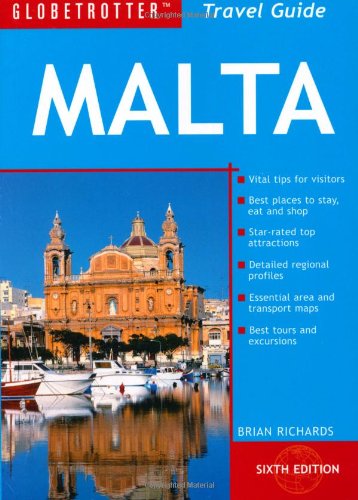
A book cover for Malta Travel Pack, 6th (Globetrotter Travel Packs); Brian Richards; Travel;